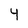
Character: 4